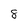
Character: 8